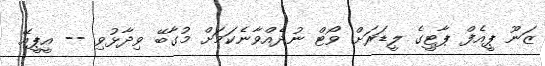
ޒަނޫ ޕީއެފް ޕާޓީގެ ލީޑަރަށް ވޯޓް ނުދެއްވާނެކަމަށް މުގާބޭ ވިދާޅުވި -- އީޕީއޭ